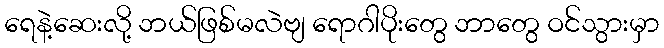
ရေနဲ့ဆေးလို့ ဘယ်ဖြစ်မလဲဗျ ရောဂါပိုးတွေ ဘာတွေ ဝင်သွားမှာ